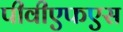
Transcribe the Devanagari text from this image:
पीवीएफएस